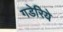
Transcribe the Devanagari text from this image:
गडेरिये